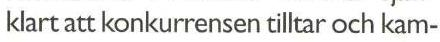
klart att konkurrensen tilltar och kam-